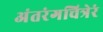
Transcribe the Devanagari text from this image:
अंतरंगचित्रेरं